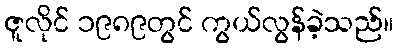
ဇူလိုင် ၁၉၈၉တွင် ကွယ်လွန်ခဲ့သည်။